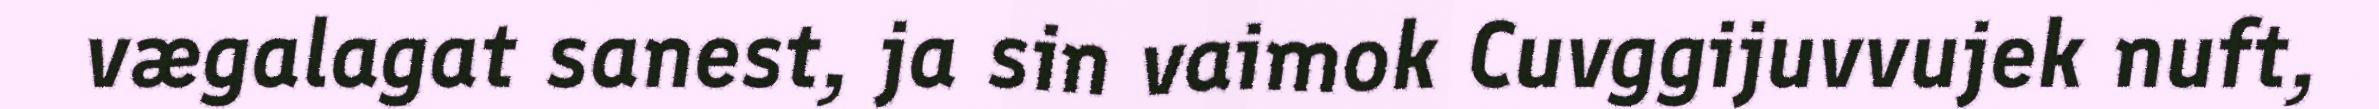
vægalagat sanest, ja sin vaimok Cuvggijuvvujek nuft,